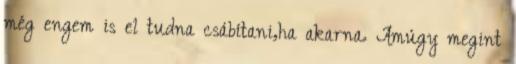
még engem is el tudna csábítani,ha akarna. Amúgy megint